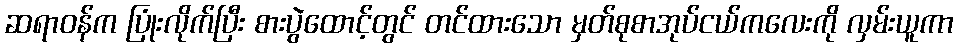
ဆရာဝန်က ပြုံးလိုက်ပြီး စားပွဲထောင့်တွင် တင်ထားသော မှတ်စုစာအုပ်ငယ်ကလေးကို လှမ်းယူကာ